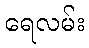
ရေလမ်း